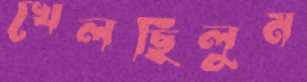
খেলছিলুম